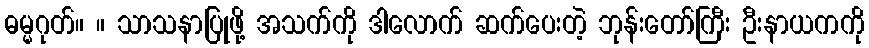
ဓမ္မဂုတ်။ ။ သာသနာပြုဖို့ အသက်ကို ဒါလောက် ဆက်ပေးတဲ့ ဘုန်းတော်ကြီး ဦးနာယကကို